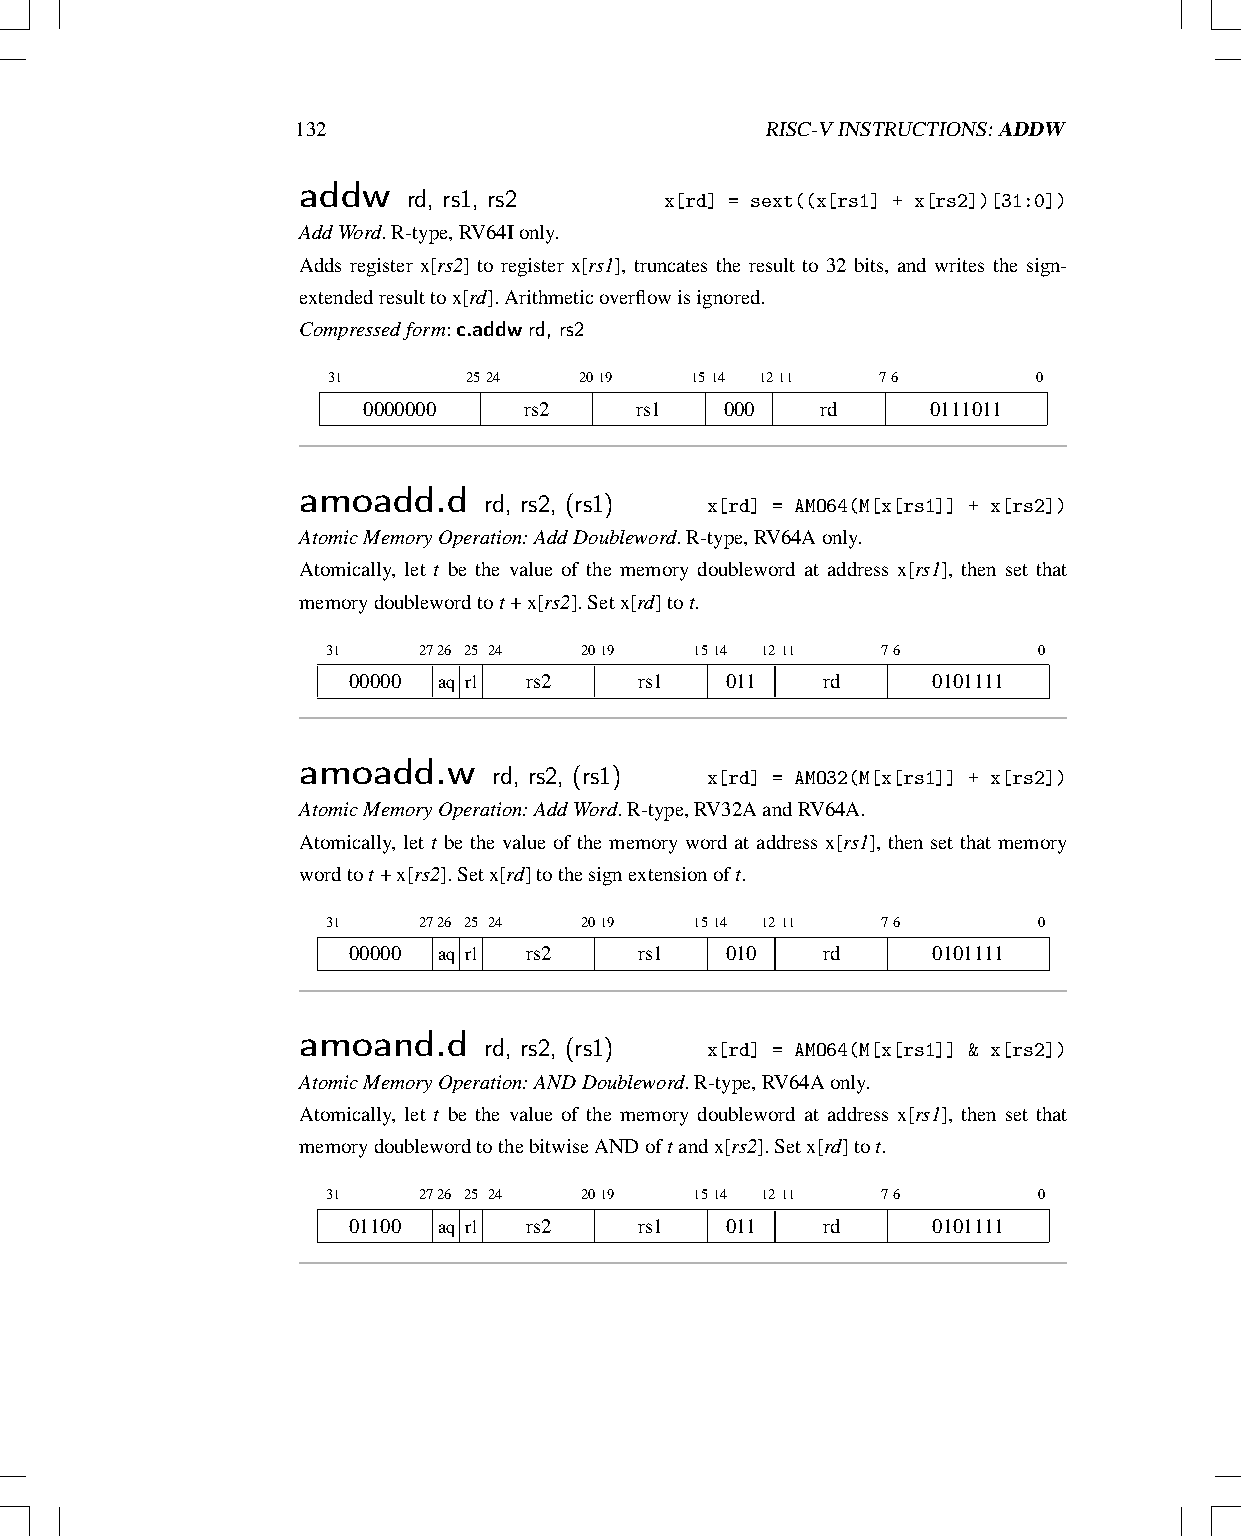
132                            RISC-VINSTRUCTIONS:ADDW
 addw   rd, rs1, rs2
 x[rd] = sext((x[rs1] + x[rs2])[31:0])
 AddWord.R-type,RV64Ionly.
 Adds register x[rs2] to register x[rs1], truncates the result to 32 bits, and writes the sign-
 extendedresulttox[rd].Arithmeticoverflowisignored.
 Compressedform:c.addwrd, rs2
 31       2524   2019    1514 1211   76         0
 0000000    rs2    rs1   000   rd      0111011
 amoadd.d    rd, rs2, (rs1)
 x[rd] = AMO64(M[x[rs1]] + x[rs2])
 AtomicMemoryOperation:AddDoubleword.R-type,RV64Aonly.
 Atomically, let t be the value of the memory doubleword at address x[rs1], then set that
 memorydoublewordtot+x[rs2].Setx[rd]tot.
 31    2726 25 24 2019   1514 1211   76         0
 00000 aq rl rs2    rs1   011   rd      0101111
 amoadd.w     rd, rs2, (rs1)
 x[rd] = AMO32(M[x[rs1]] + x[rs2])
 AtomicMemoryOperation:AddWord.R-type,RV32AandRV64A.
 Atomically, let t be the value of the memory word at address x[rs1], then set that memory
 wordtot+x[rs2].Setx[rd]tothesignextensionoft.
 31    2726 25 24 2019   1514 1211   76         0
 00000 aq rl rs2    rs1   010   rd      0101111
 amoand.d    rd, rs2, (rs1)
 x[rd] = AMO64(M[x[rs1]] & x[rs2])
 AtomicMemoryOperation:ANDDoubleword.R-type,RV64Aonly.
 Atomically, let t be the value of the memory doubleword at address x[rs1], then set that
 memorydoublewordtothebitwiseANDoftandx[rs2].Setx[rd]tot.
 31    2726 25 24 2019   1514 1211   76         0
 01100 aq rl rs2    rs1   011   rd      0101111